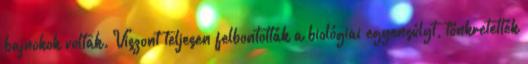
bajnokok voltak. Viszont teljesen felbontották a biológiai egyensúlyt, tönkretették